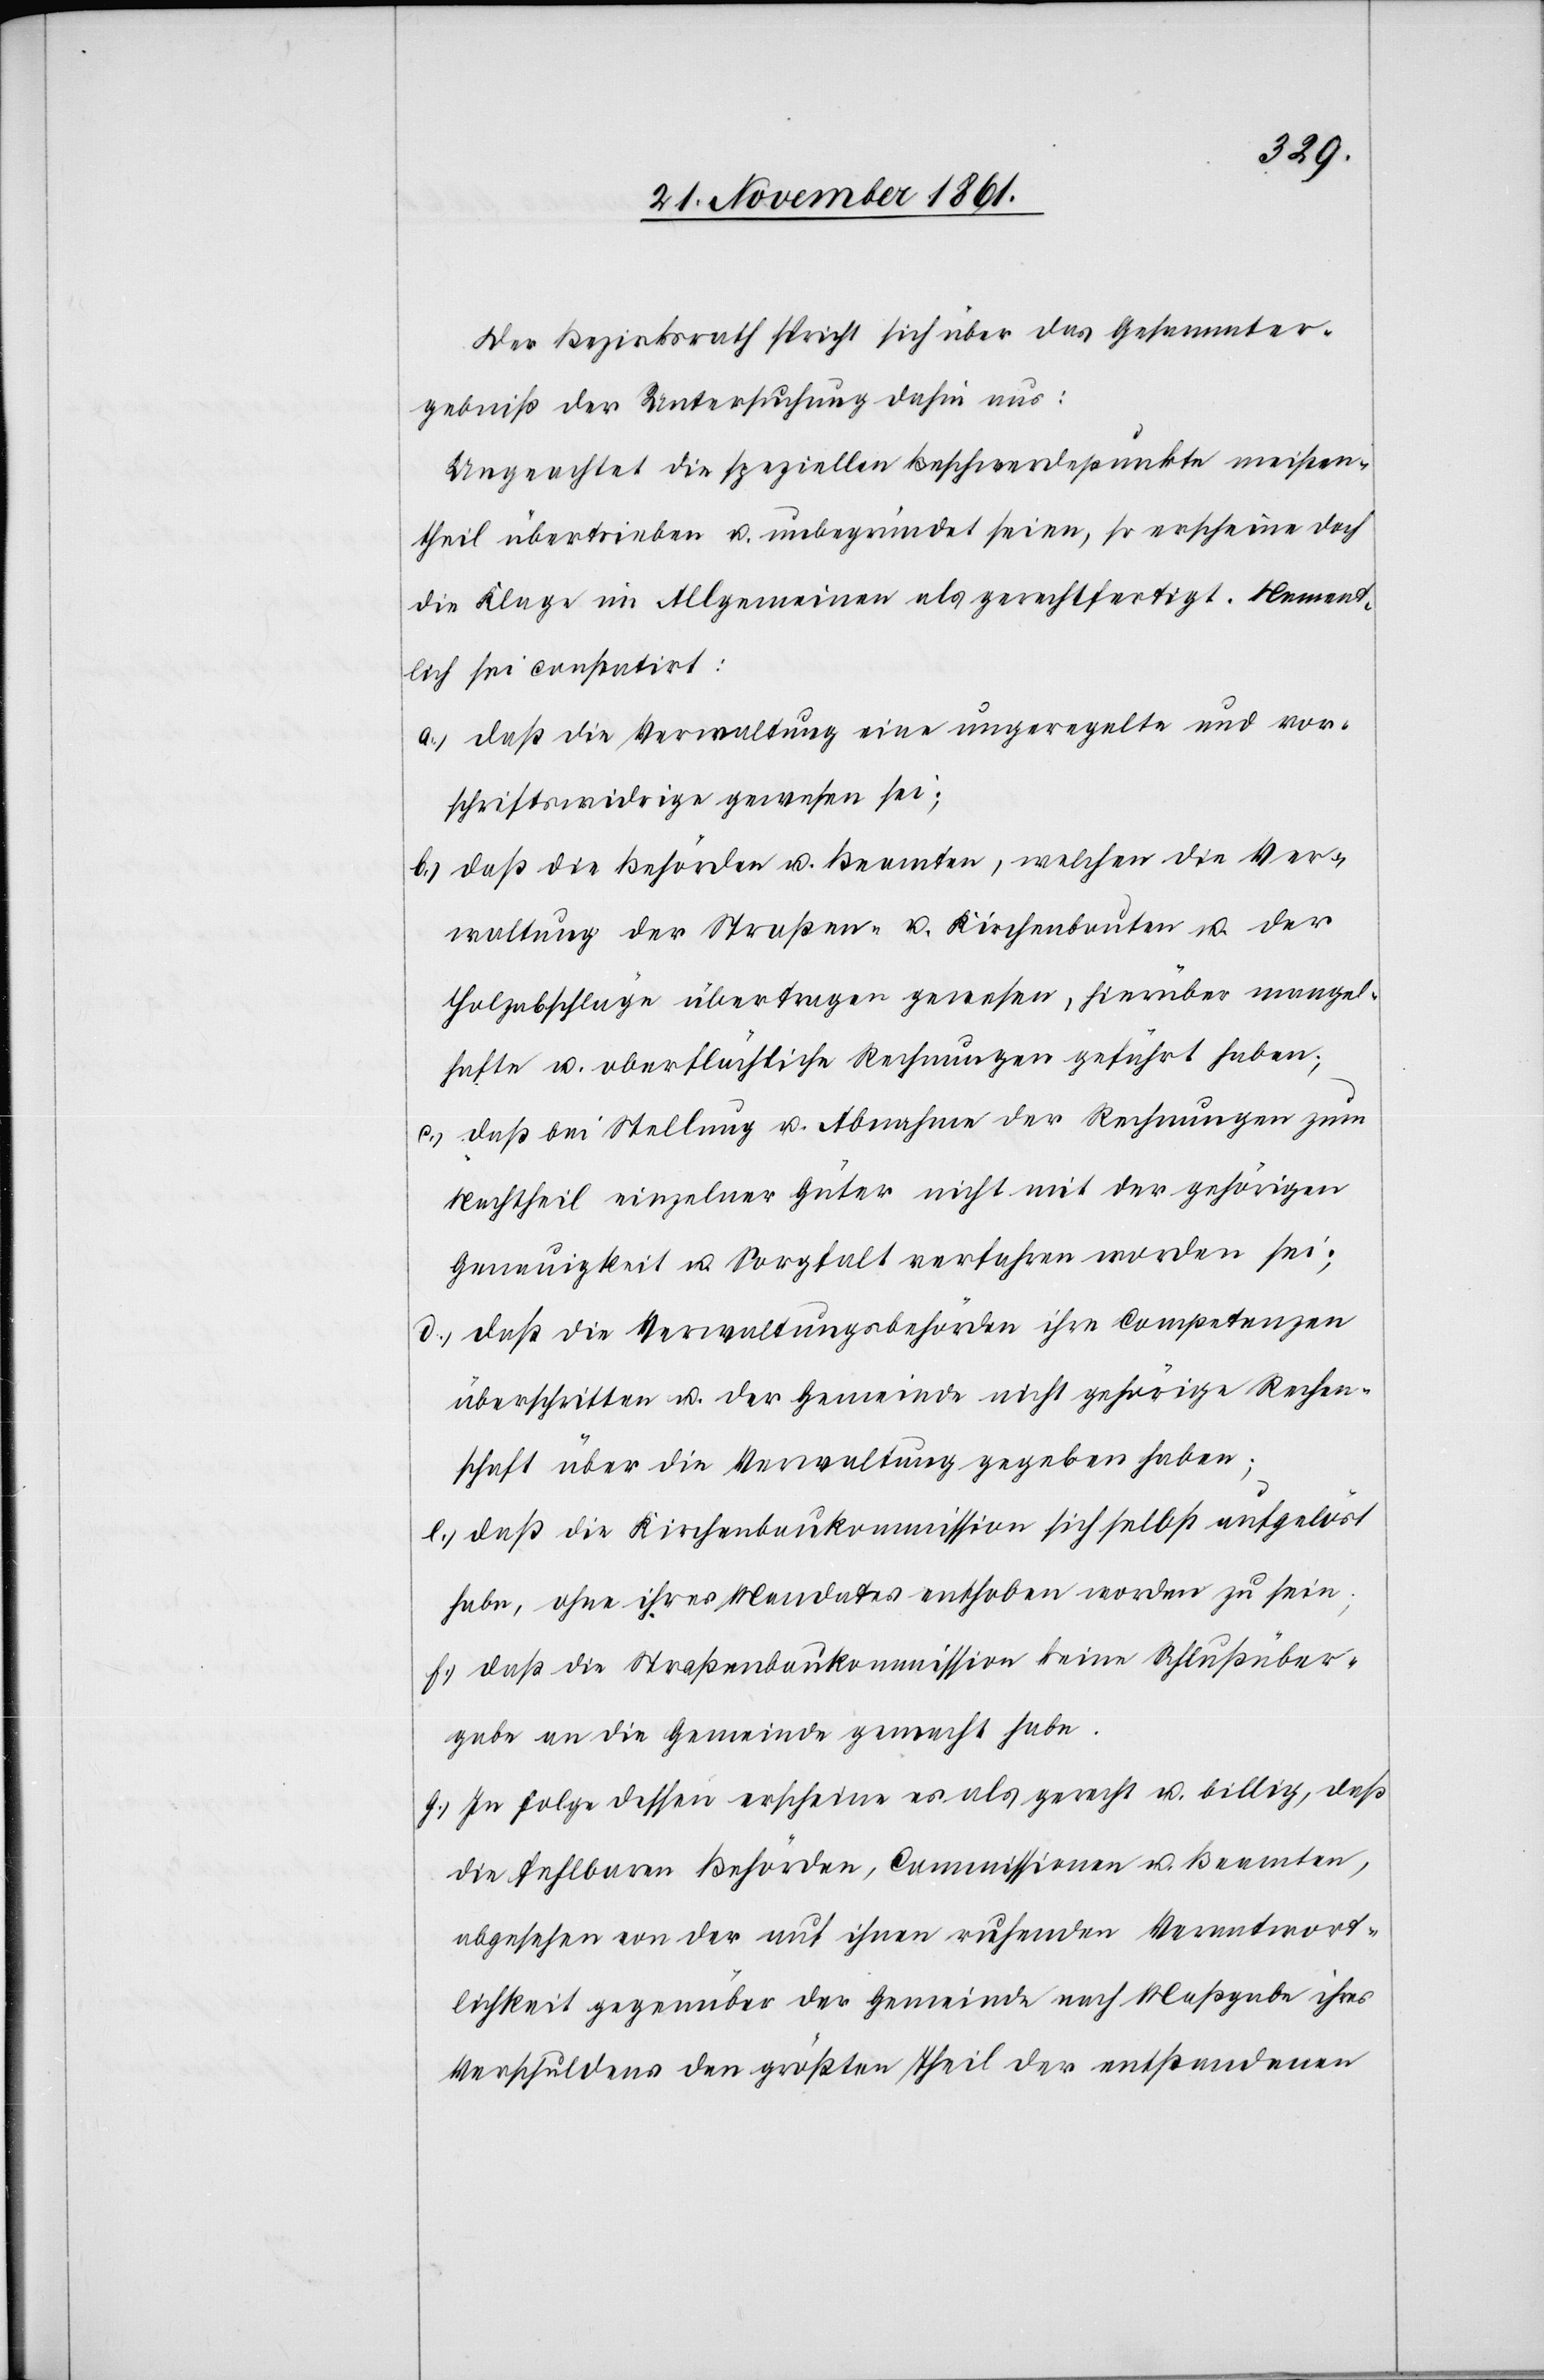
Der Bezirksrath spricht sich über das Gesammter¬
gebniß der Untersuchung dahin aus:
Ungeachtet die speziellen Beschwerdepunkte meisten¬
theil übertrieben u. unbegründet seien, so erscheine doch
die Klage im Allgemeinen als gerechtfertigt. Nament¬
lich sei constatirt:
a.) daß die Verwaltung eine ungerechte und vor¬
schriftswidrige gewesen sei;
b.) daß die Behörden u. Beamten, welchen die Ver¬
waltung der Straßen- u. Kirchenbauten u. der
Holzabschläge übertragen gewesen, hierüber mangel¬
hafte u. oberflächliche Rechnungen geführt haben;
c.) daß bei Stellung u. Abnahme der Rechnungen zum
Nachtheil einzelner Güter nicht mit der gehörigen
Genauigkeit u. Sorgfalt verfahren worden sei;
d.) daß die Verwaltungsbehörden ihre Competenzen
überschritten u. der Gemeinde nicht gehörige Rechen¬
schaft über die Verwaltung gegeben haben;
e.) daß die Kirchenbaukommission sich selbst aufgelöst
habe, ohne ihres Mandates enthoben worden zu sein;
f.) daß die Straßenbaukommission keine Schlußüber¬
gabe an die Gemeinde gemacht habe.
g.) In Folge dessen erscheine es als gerecht u. billig, daß
die fehlbaren Behörden, Commissionen u. Beamten,
abgesehen von der auf ihnen ruhenden Verantwort¬
lichkeit gegenüber der Gemeinde nach Maßgabe ihres
Verschuldens den größten Theil der entsprechenden